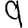
Digit: 9